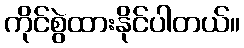
ကိုင်စွဲထားနိုင်ပါတယ်။